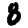
Digit: 8